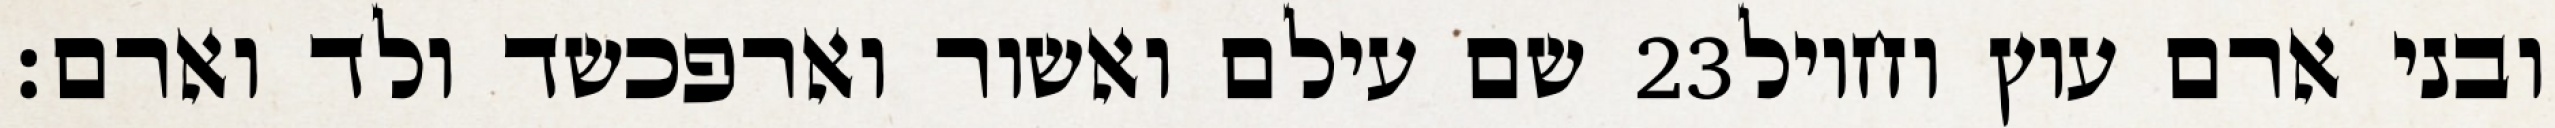
שם עילם ואשור וארפכשד ולד וארם׃ ‎23‏ ובני ארם עוץ וחויל